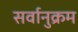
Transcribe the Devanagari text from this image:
सर्वानुक्रम